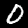
Label: 0